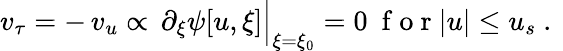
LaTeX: v_{\tau}=-\, v_{u}\propto\, \partial_{\xi}\psi[u,\xi]\Big\vert_{\xi=\xi_{0}}=0\ \mathrm{~f~o~r~}|u|\le u_{s}\ .\